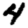
Digit: 4